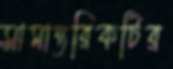
সামান্তরিকটির